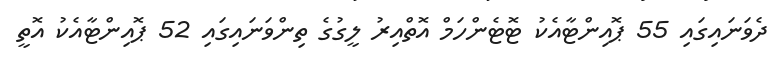
ދެވަނައިގައި 55 ޕޮއިންޓާއެކު ޓޮޓެންހަމް އޮތްއިރު ލީގުގެ ތިންވަނައިގައި 52 ޕޮއިންޓާއެކު އޮތީ